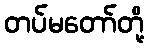
တပ်မတော်တို့